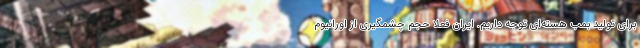
برای تولید بمب هسته‌ای توجه داریم. ایران فعلا حجم چشمگیری از اورانیوم